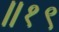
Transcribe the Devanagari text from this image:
॥१९